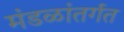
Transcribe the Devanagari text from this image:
मंडळांतर्गत